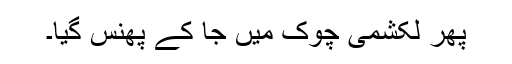
پھر لکشمی چوک میں جا کے پھنس گیا۔